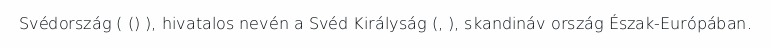
Svédország ( () ), hivatalos nevén a Svéd Királyság (, ), skandináv ország Észak-Európában.